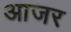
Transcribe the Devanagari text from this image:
आजर